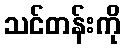
သင်တန်းကို